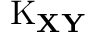
\operatorname { K } _ { \mathbf { X Y } }